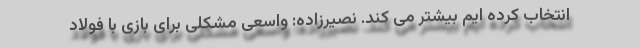
انتخاب کرده ایم بیشتر می کند. نصیرزاده: واسعی مشکلی برای بازی با فولاد